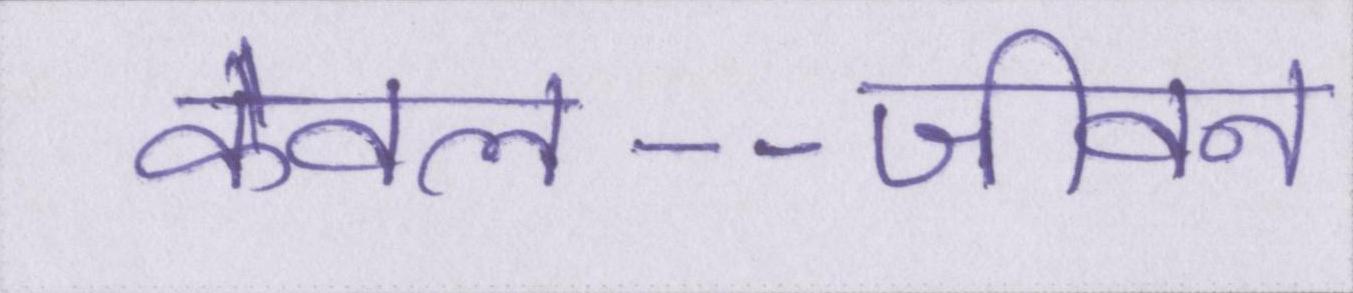
केवल--जीवन